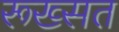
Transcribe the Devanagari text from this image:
रूख्सत